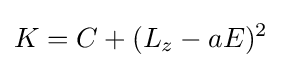
K=C+(L_{z}-aE)^{2}